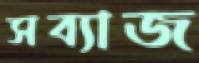
সব্যাজ